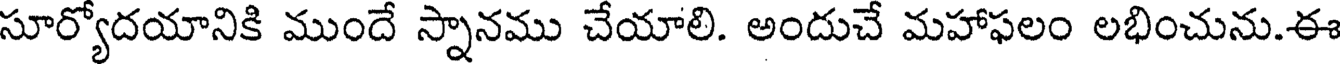
సూర్యోదయానికి ముందే స్నానము చేయాలి. అందుచే మహాఫలం లభించును.ఈ